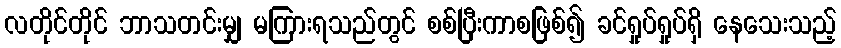
လတိုင်တိုင် ဘာသတင်းမျှ မကြားရသည်တွင် စစ်ပြီးကာစဖြစ်၍ ခင်ရှုပ်ရှုပ်ရှိ နေသေးသည့်